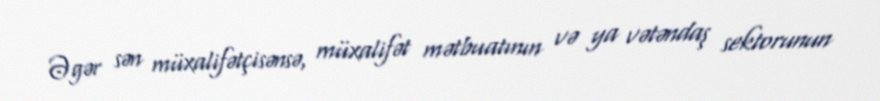
Əgər sən müxalifətçisənsə, müxalifət mətbuatının və ya vətəndaş sektorunun